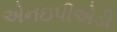
એનઇપીએડી